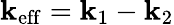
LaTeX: {\mathbf k}_{\mathrm{eff}}={\mathbf k}_{1}-{\mathbf k}_{2}